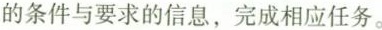
的条件与要求的信息,完成相应任务.